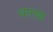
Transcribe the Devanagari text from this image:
वागणं